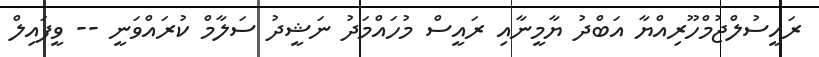
ރައީސުލްޖުމްހޫރިއްޔާ އަބްދު ޔާމީނާއި ރައީސް މުހައްމަދު ނަޝީދު ސަލާމް ކުރައްވަނީ -- ވީފައިލް